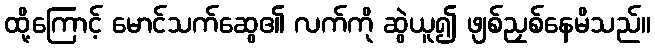
ထို့ကြောင့် မောင်သက်ဆွေ၏ လက်ကို ဆွဲယူ၍ ဖျစ်ညှစ်နေမိသည်။